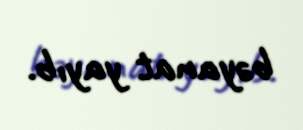
bəyanat yayıb.